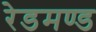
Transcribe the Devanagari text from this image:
रेडमण्ड